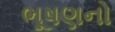
ભૂષણનો